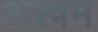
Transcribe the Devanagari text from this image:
अस्त्रम